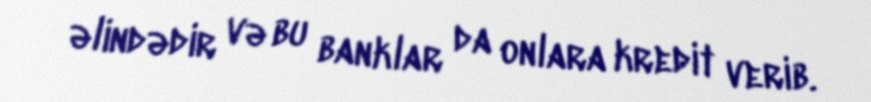
əlindədir və bu banklar da onlara kredit verib.